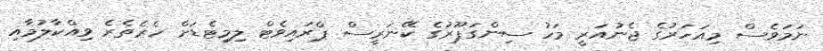
ނަމަވެސް މިއަހަރުގެ ޖެނުއަރީ މަހު ސިންގަޕޫރުގެ ކޭނަރީސް ޕްރައިވެޓް ލިމިޓެޑަށް ހެރެތެރެ ވިއްކާލުމާއި